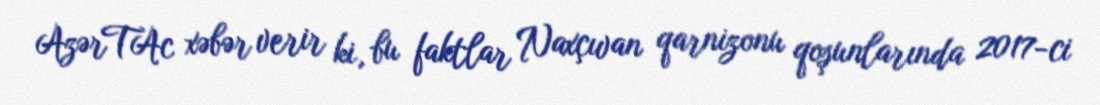
AzərTAc xəbər verir ki, bu faktlar Naxçıvan qarnizonu qoşunlarında 2017-ci